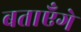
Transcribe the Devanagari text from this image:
बताएँगे